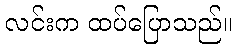
လင်းက ထပ်ပြောသည်။